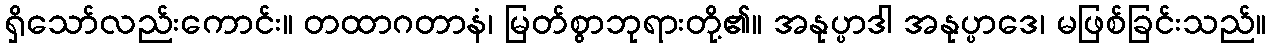
ရှိသော်လည်းကောင်း။ တထာဂတာနံ၊ မြတ်စွာဘုရားတို့၏။ အနုပ္ပာဒါ အနုပ္ပာဒေ၊ မဖြစ်ခြင်းသည်။